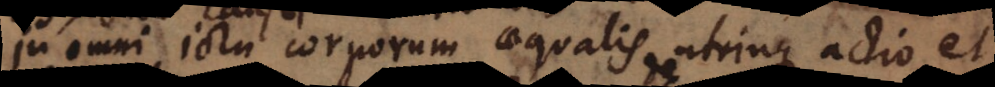
In omni ictu corporum aequalis utrinque actio et